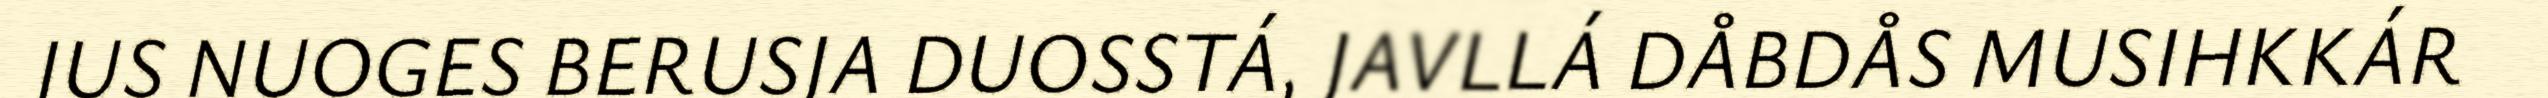
JUS NUOGES BERUSJA DUOSSTÁ, JAVLLÁ DÅBDÅS MUSIHKKÁR